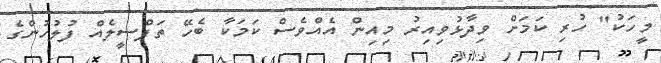
މީހަކު" ހުރި ކަމަށް ވިދާޅުވިއިރު މިއިން އެއްވެސް ކަމަކާ ބެހޭ ތަފްސީލެއް ފުލުހުންގެ